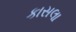
કાસલા